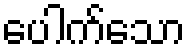
ပေါက်သော